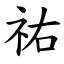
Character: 祐